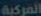
المركبة